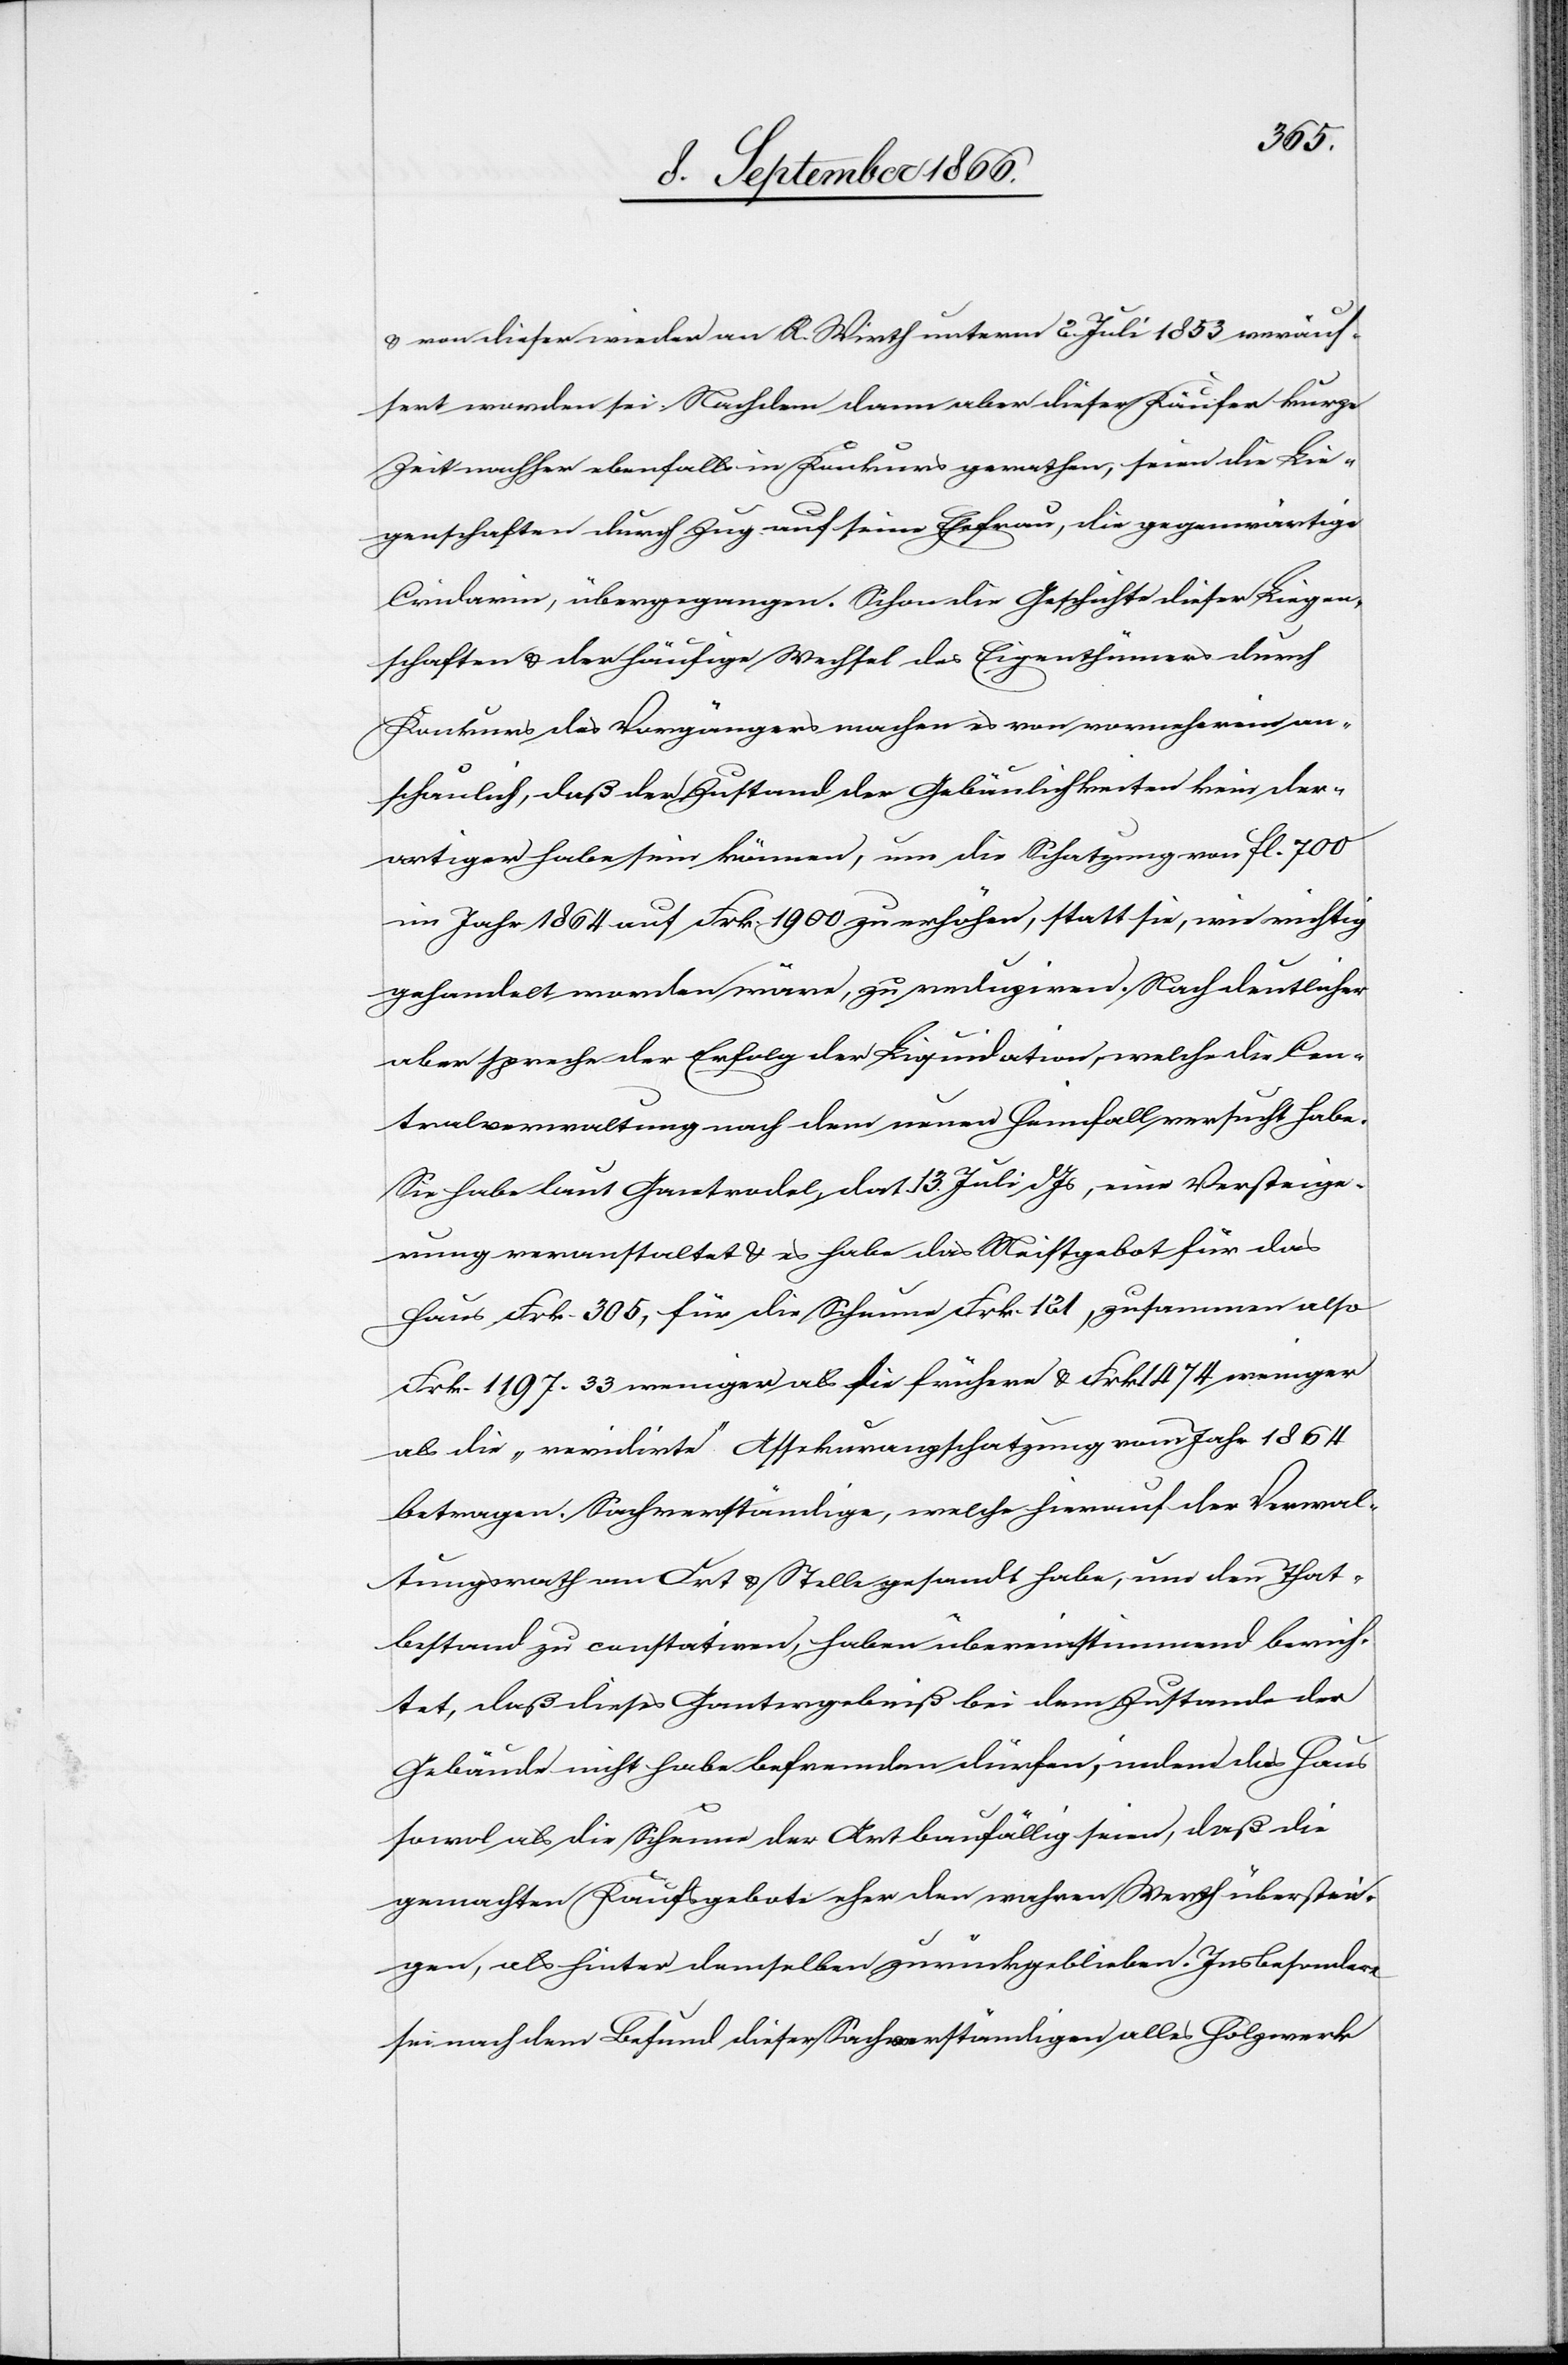
u. von dieser wieder an R. Wirth unterm 2. Juli 1853 veräus¬
sert worden sei. Nachdem dann aber dieser Käufer kurze
Zeit nachher ebenfalls in Konkurs gerathen, seien die Lie¬
genschaften durch Zug auf seine Ehefrau, die gegenwärtige
Cridarin, übergegangen. Schon die Geschichte dieser Liegen¬
schaften u. der häufige Wechsel des Eigenthümers durch
Konkurs des Vorgängers machen es von vornherein an¬
schaulich, daß der Zustand der Gebäulichkeiten kein der¬
artiger habe sein können, um die Schatzung von fl. 700
im Jahr 1864 auf Frk. 1900 zu erhöhen, statt sie, wie richtig
gehandelt worden wäre, zu reduziren. Noch deutlicher
aber spreche der Erfolg der Liquidation, welche die Cen¬
tralverwaltung nach dem neuen Heimfall versuch habe.
Sie habe laut Gantrodel, dat 13. Juli dJs, eine Versteige¬
rung veranstaltet u. es habe das Meistgebot für das
Haus Frk. 305, für die Scheune Frk. 121, zusammen also
Frk. 1197.33 weniger als die frühern u. Frk. 1474 weniger
als die „revidirte“ Assekuranzschatzung vom Jahr 1864
betragen. Sachverständige, welche hierauf der Verwal¬
tungsrath an Ort u. Stelle gesandt habe, um den That¬
bestand zu constatiren, haben übereinstimmend berich¬
tet, daß dieses Gantergebniß bei dem Zustande der
Gebäude nicht habe befremden dürfen, indem das Haus
sowol als die Scheune der Art baufällig seien, daß die
gemachten Kaufgebote eher den wahren Werth überstei¬
gen, als hinter demselben zurückgeblieben. Insbesondere
sei nach dem Befund dieser Sachverständigen alles Holzwerk